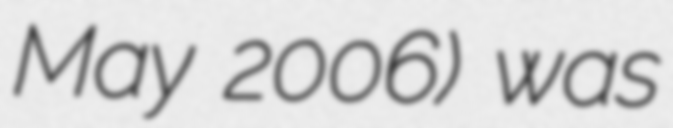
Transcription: May 2006) was